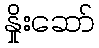
နှိုးဆော်